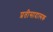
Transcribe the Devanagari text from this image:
प्रतीसादात्मक